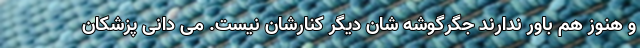
و هنوز هم باور ندارند جگرگوشه شان دیگر کنارشان نیست. می دانی پزشکان